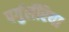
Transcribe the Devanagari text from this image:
पर्गुलॅरिया